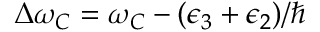
\Delta \omega _ { C } = \omega _ { C } - ( \epsilon _ { 3 } + \epsilon _ { 2 } ) / \hbar